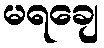
မရချေ